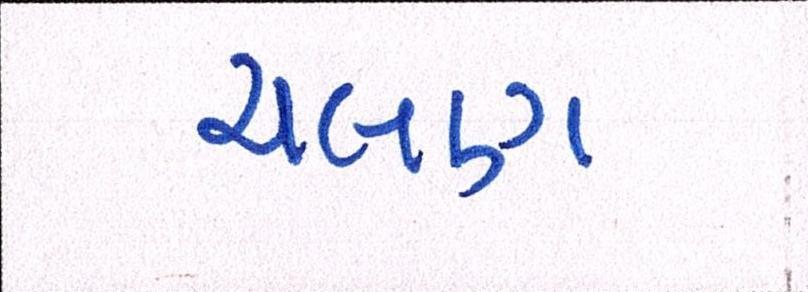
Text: ચલણ